Report on sanitation, dispensaries, and jails in Rajputana for 1918, and on vaccination for the year 1918-1919 - 1918-1919
Year: 1918
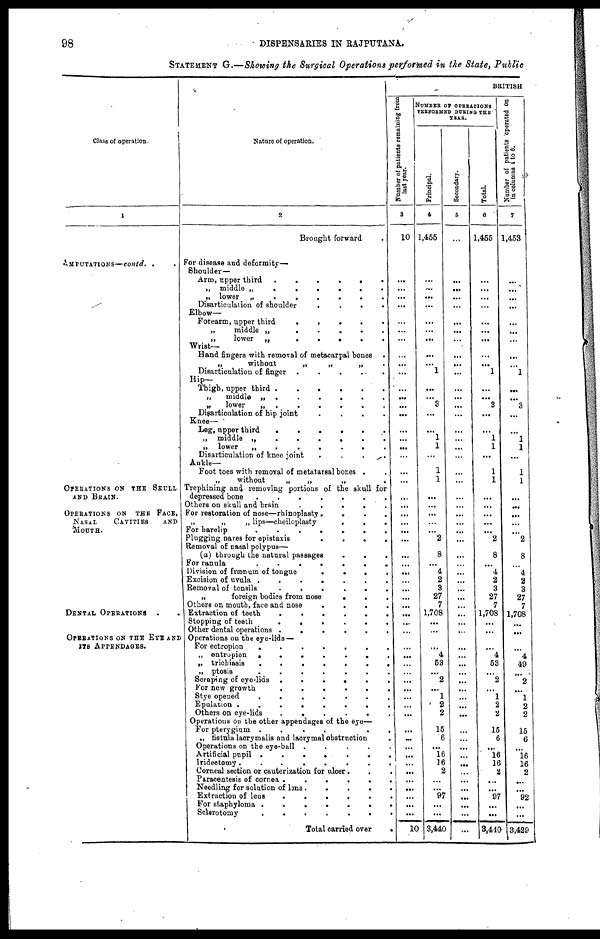
98
DISPENSARIES IN RAJPUTANA.
STATEMENT G.—Showing the Surgical Operations performed in the State, Public
Class of operation.
1
IMPUTATIONS—contd. ..
OPERATIONS ON THE SKULL
AND BRAIN.
OPERATIONS ON THE FACE,
NASAL
CAVITIES
AND
MOUTH.
DENTAL OPERATIONS ..
OPERATIONS ON THE EYE AND
ITS APPENDAGES.
Nature of operation.
2
Brought forward .
For disease and deformity—
Shoulder —
Arm, upper third
......
„ middle
„
......
„ lower
„
......
Disarticulation of shoulder
.
.
.
.
Elbow—
Forearm, upper third
.
.
.
.
.
„
middle „
.
.
.
.
.
„
lower
„
.
.
.
.
.
Wrist—
Hand fingers with removal of metacarpal bones .
„
without
„
„
„
.
Disarticulation of
finger
.
.
.
.
.
Hip—
Thigh, upper third
......
„
middle „
......
„
lower
„
......
Disarticulation of hip joint
....
Knee—
Leg, upper third
......
„ middle „
......
„ lower
„
......
Disarticulation of knee joint
.
.
.
.
Ankle—
Foot toes with removal of metatarsal bones ..
„
without
„
„
„
.
Trephining and removing portions of the skull for
depressed bone
.......
Others on skull and brain
.
.
.
.
.
For restoration of nose—rhinoplasty
.
.
.
.
„
„
„ lips—cheiloplasty
.
.
.
For harelip
.......
Plugging nares for epistaxis
.
.
.
.
Removal of nasal polypus—
(a) through the natural passages
.
.
.
For ranula
.......
Division of frænum of tongue
.
.
.
.
Excision of uvula
.......
Removal of tonsils
......
„
foreign bodies from nose
...
Others on mouth, face and nose
.
.
.
.
Extraction of teeth
......
Stopping of teeth
......
Other dental operations
......
Operations on the eye-lids—
For ectropion
.......
„ entropion
.......
„ trichiasis
.......
„ ptosis
.......
Scraping of eye-lids
......
For new growth
......
Stye opened
.......
Epulation
........
Others on eye-lids
......
Operations on the other appendages of the eye—
For pterygium
......
„ fistula lacrymalis and lacrymal obstruction .
Operations on the eye-ball
.
.
.
.
.
Artificial pupil
.......
Iridectomy........
Corneal section or cauterization for ulcer...
Paracentesis of cornea
......
Needling for solution of lens .....
Extraction of lens
......
For staphyloma .......
Sclerotomy
.......
Total carried over .
BRITISH
Number of patients remaining from
last year.
3
10
...
...
...
...
...
...
...
...
...
...
...
...
...
...
...
...
...
...
...
...
...
...
...
...
...
...
...
...
...
...
...
...
...
...
...
...
...
...
...
...
...
...
...
...
...
...
...
...
...
...
...
...
...
...
...
...
10
NUMBER OF OPERATIONS
PERFORMED DURING THE
YEAR.
Principal.
4
1,455
...
...
...
...
...
...
...
...
...
1
...
...
3
...
...
1
1
...
1
1
...
...
...
...
...
2
8
...
4
2
3
27
7
1,708
...
...
...
4
53
...
2
...
1
2
2
15
6
...
16
16
2
...
...
97
...
...
3,440
Secondary.
5
...
...
...
...
...
...
...
...
...
...
...
...
...
...
...
...
...
...
...
...
...
...
...
...
...
...
...
...
...
...
...
...
...
...
...
...
...
...
...
...
...
...
...
...
...
...
...
...
...
...
...
...
...
...
...
...
...
...
Total.
6
1,455
...
...
...
...
...
...
...
...
...
1
...
...
3
...
...
1
1
...
1
1
...
...
...
...
...
2
8
...
4
2
3
27
7
1,708
...
...
...
4
53
...
2
...
1
2
2
15
6
...
16
16
2
...
...
97
...
...
3,440
Number of patients operated on
in
columns
4
to
6.
7
1,453
...
...
...
...
...
...
...
...
...
1
...
...
3
...
...
1
1
...
1
1
...
...
...
...
...
2
8
...
4
2
3
27
7
1,708
...
...
...
4
49
...
2
...
1
2
2
15
6
...
16
16
2
...
...
92
...
...
3,429